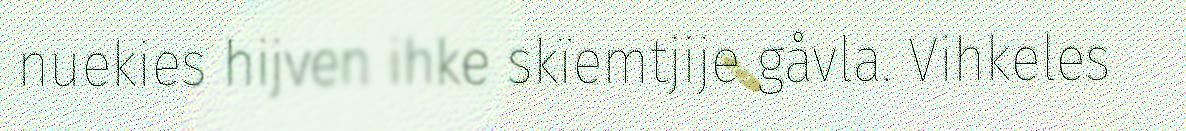
nuekies hijven ihke skïemtjije gåvla. Vihkeles